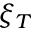
\xi _ { T }